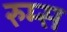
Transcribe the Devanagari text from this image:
रुम्स